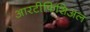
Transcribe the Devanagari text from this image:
आरटीफिशिअल